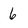
Character: 6